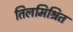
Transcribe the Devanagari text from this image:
तिलमिश्रित